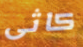
كاثى